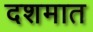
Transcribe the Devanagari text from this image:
दशमात